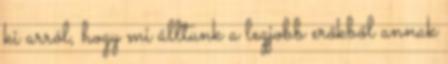
ki arról, hogy mi álltunk a legjobb erőkből annak